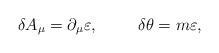
LaTeX: \begin{align*}\delta A_{\mu} = \partial_{\mu}\varepsilon , \makebox[1cm]{}\delta\theta = m\varepsilon ,\end{align*}